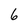
Character: 6